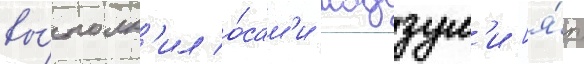
вы́полн'ил о́сам'и модзум'и [я́п.